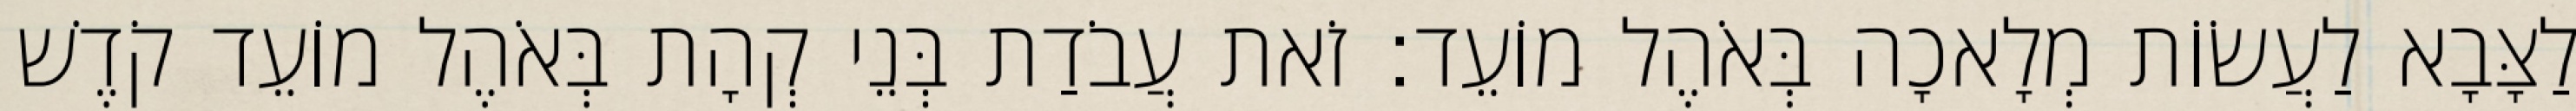
לַצָּבָא לַעֲשׂוֹת מְלָאכָה בְּאֹהֶל מוֹעֵד׃ זֹאת עֲבֹדַת בְּנֵי קְהָת בְּאֹהֶל מוֹעֵד קֹדֶשׁ